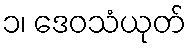
၁၊ ဒေဝသံယုတ်